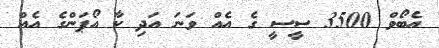
އެބޯވް 3500 ސީސީ ގެ އެއް ވަނަ އަދި ކާ އޯޕަންގެ އެއް